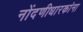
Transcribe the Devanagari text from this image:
नोंदणीधारकांना